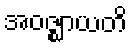
အဝဇ္ဈာယတိ